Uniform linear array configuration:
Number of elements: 48
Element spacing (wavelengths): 1
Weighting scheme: cosine
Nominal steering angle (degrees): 15
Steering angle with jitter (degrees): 16.639
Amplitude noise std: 0.05
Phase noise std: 0.05

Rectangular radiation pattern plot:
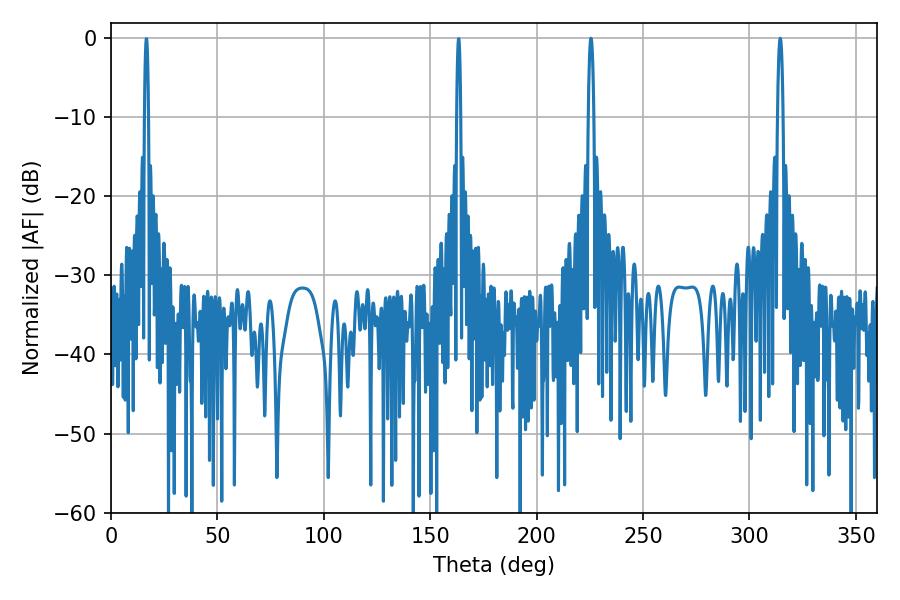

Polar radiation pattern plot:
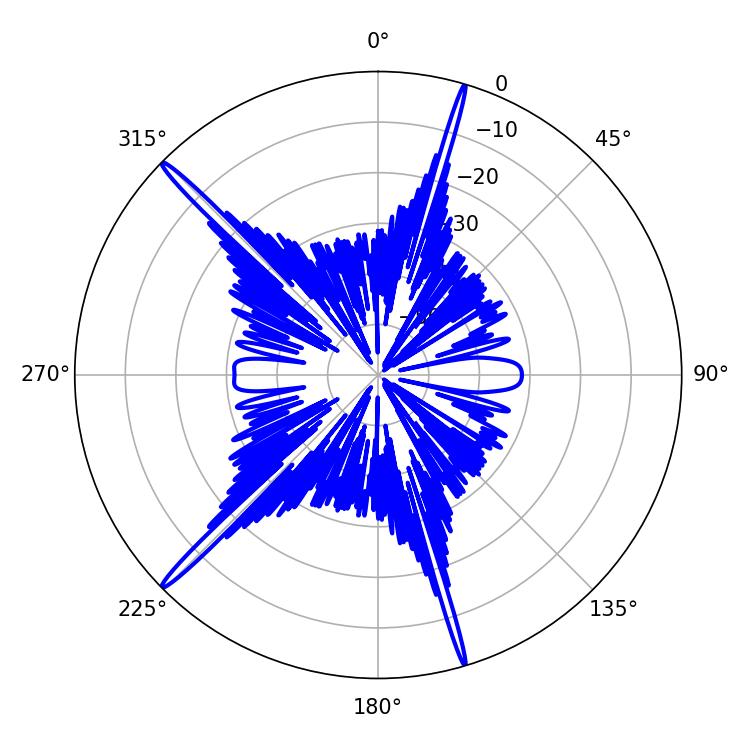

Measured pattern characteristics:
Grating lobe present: TRUE
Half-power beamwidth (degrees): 1.44
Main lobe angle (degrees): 314.46